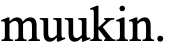
muukin.